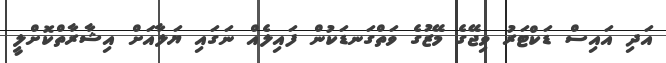
އަދި އައިސް ޑަކްޓަރު ވިޖޭގެ މޭޒުގެ ވަތްގަނޑަކުން ފައިލެއް ނަގައި ޔަލާއަށް އިޝާރާތްކޮށްލީ